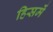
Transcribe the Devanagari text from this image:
हिसमें